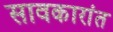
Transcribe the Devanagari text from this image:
सावकारांत